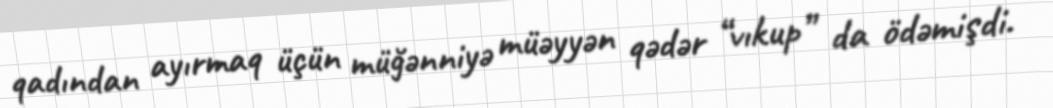
qadından ayırmaq üçün müğənniyə müəyyən qədər “vıkup” da ödəmişdi.